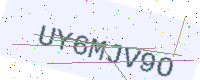
Text: UY6MJV9O